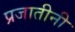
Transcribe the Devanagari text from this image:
प्रजातीनी